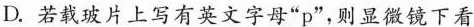
D.若载玻片上写有英文字母”p”，则显微镜下看